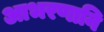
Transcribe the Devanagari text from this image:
आभरणानि